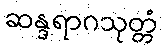
ဆန္ဒရာဂသုတ္တံ